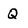
Character: Q